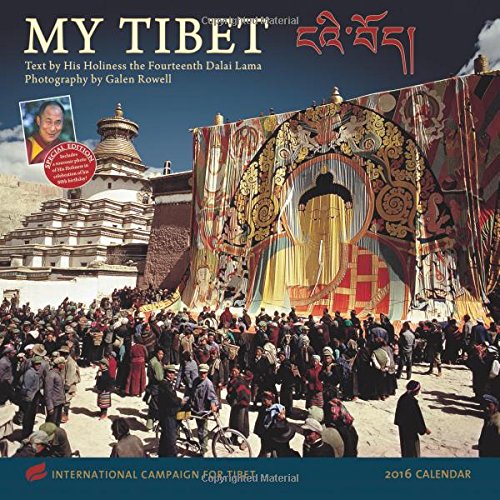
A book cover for MY TIBET 2016 Wall Calendar; The Dalai Lama; Travel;